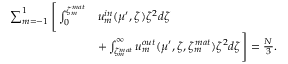
\begin{array} { r l } { \sum _ { m = - 1 } ^ { 1 } \Bigg [ \int _ { 0 } ^ { \zeta _ { m } ^ { m a t } } } & { u _ { m } ^ { i n } ( \mu ^ { \prime } , \zeta ) \zeta ^ { 2 } d \zeta } \\ & { + \int _ { \zeta _ { m } ^ { m a t } } ^ { \infty } u _ { m } ^ { o u t } ( \mu ^ { \prime } , \zeta , \zeta _ { m } ^ { m a t } ) \zeta ^ { 2 } d \zeta \Bigg ] = \frac { N } { 3 } . } \end{array}